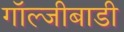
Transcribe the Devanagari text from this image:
गॉल्जीबाडी